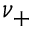
\nu _ { + }